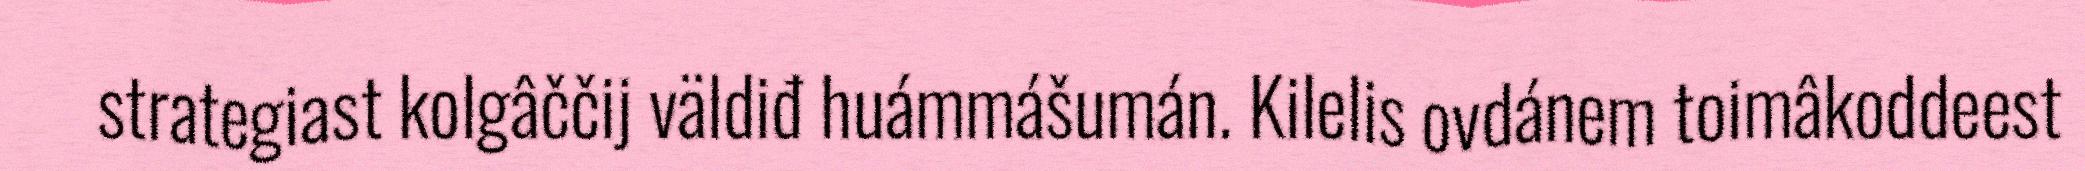
strategiast kolgâččij väldiđ huámmášumán. Kilelis ovdánem toimâkoddeest